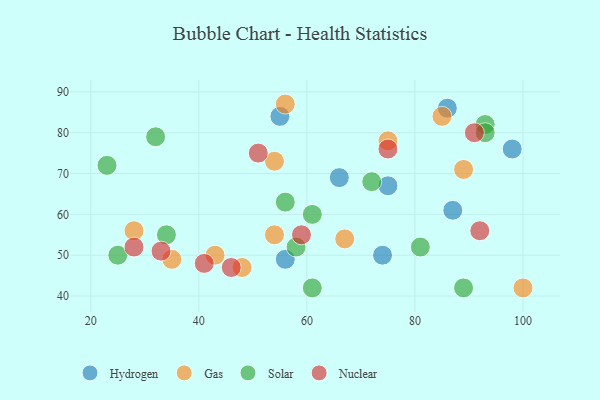
{"axis": {"x": "GDP", "y": "Life Expectancy"}, "legend": ["Gas", "Hydrogen", "Nuclear", "Solar"], "data": [{"x": "56", "y": 49, "type": "Hydrogen"}, {"x": "75", "y": 67, "type": "Hydrogen"}, {"x": "74", "y": 50, "type": "Hydrogen"}, {"x": "86", "y": 86, "type": "Hydrogen"}, {"x": "98", "y": 76, "type": "Hydrogen"}, {"x": "66", "y": 69, "type": "Hydrogen"}, {"x": "55", "y": 84, "type": "Hydrogen"}, {"x": "87", "y": 61, "type": "Hydrogen"}, {"x": "43", "y": 50, "type": "Gas"}, {"x": "85", "y": 84, "type": "Gas"}, {"x": "100", "y": 42, "type": "Gas"}, {"x": "48", "y": 47, "type": "Gas"}, {"x": "75", "y": 78, "type": "Gas"}, {"x": "89", "y": 71, "type": "Gas"}, {"x": "54", "y": 55, "type": "Gas"}, {"x": "35", "y": 49, "type": "Gas"}, {"x": "67", "y": 54, "type": "Gas"}, {"x": "28", "y": 56, "type": "Gas"}, {"x": "54", "y": 73, "type": "Gas"}, {"x": "56", "y": 87, "type": "Gas"}, {"x": "93", "y": 82, "type": "Solar"}, {"x": "34", "y": 55, "type": "Solar"}, {"x": "72", "y": 68, "type": "Solar"}, {"x": "32", "y": 79, "type": "Solar"}, {"x": "61", "y": 60, "type": "Solar"}, {"x": "58", "y": 52, "type": "Solar"}, {"x": "25", "y": 50, "type": "Solar"}, {"x": "56", "y": 63, "type": "Solar"}, {"x": "23", "y": 72, "type": "Solar"}, {"x": "89", "y": 42, "type": "Solar"}, {"x": "93", "y": 80, "type": "Solar"}, {"x": "61", "y": 42, "type": "Solar"}, {"x": "81", "y": 52, "type": "Solar"}, {"x": "51", "y": 75, "type": "Nuclear"}, {"x": "59", "y": 55, "type": "Nuclear"}, {"x": "33", "y": 51, "type": "Nuclear"}, {"x": "46", "y": 47, "type": "Nuclear"}, {"x": "28", "y": 52, "type": "Nuclear"}, {"x": "75", "y": 76, "type": "Nuclear"}, {"x": "92", "y": 56, "type": "Nuclear"}, {"x": "91", "y": 80, "type": "Nuclear"}, {"x": "41", "y": 48, "type": "Nuclear"}]}